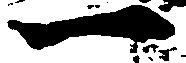
一